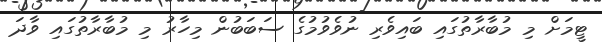
ޓީމަށް މި މުބާރާތުގައި ބައިވެރި ނުވެވުމުގެ ސަބަބުން މިހާރު މި މުބާރާތުގައި ވާދަ